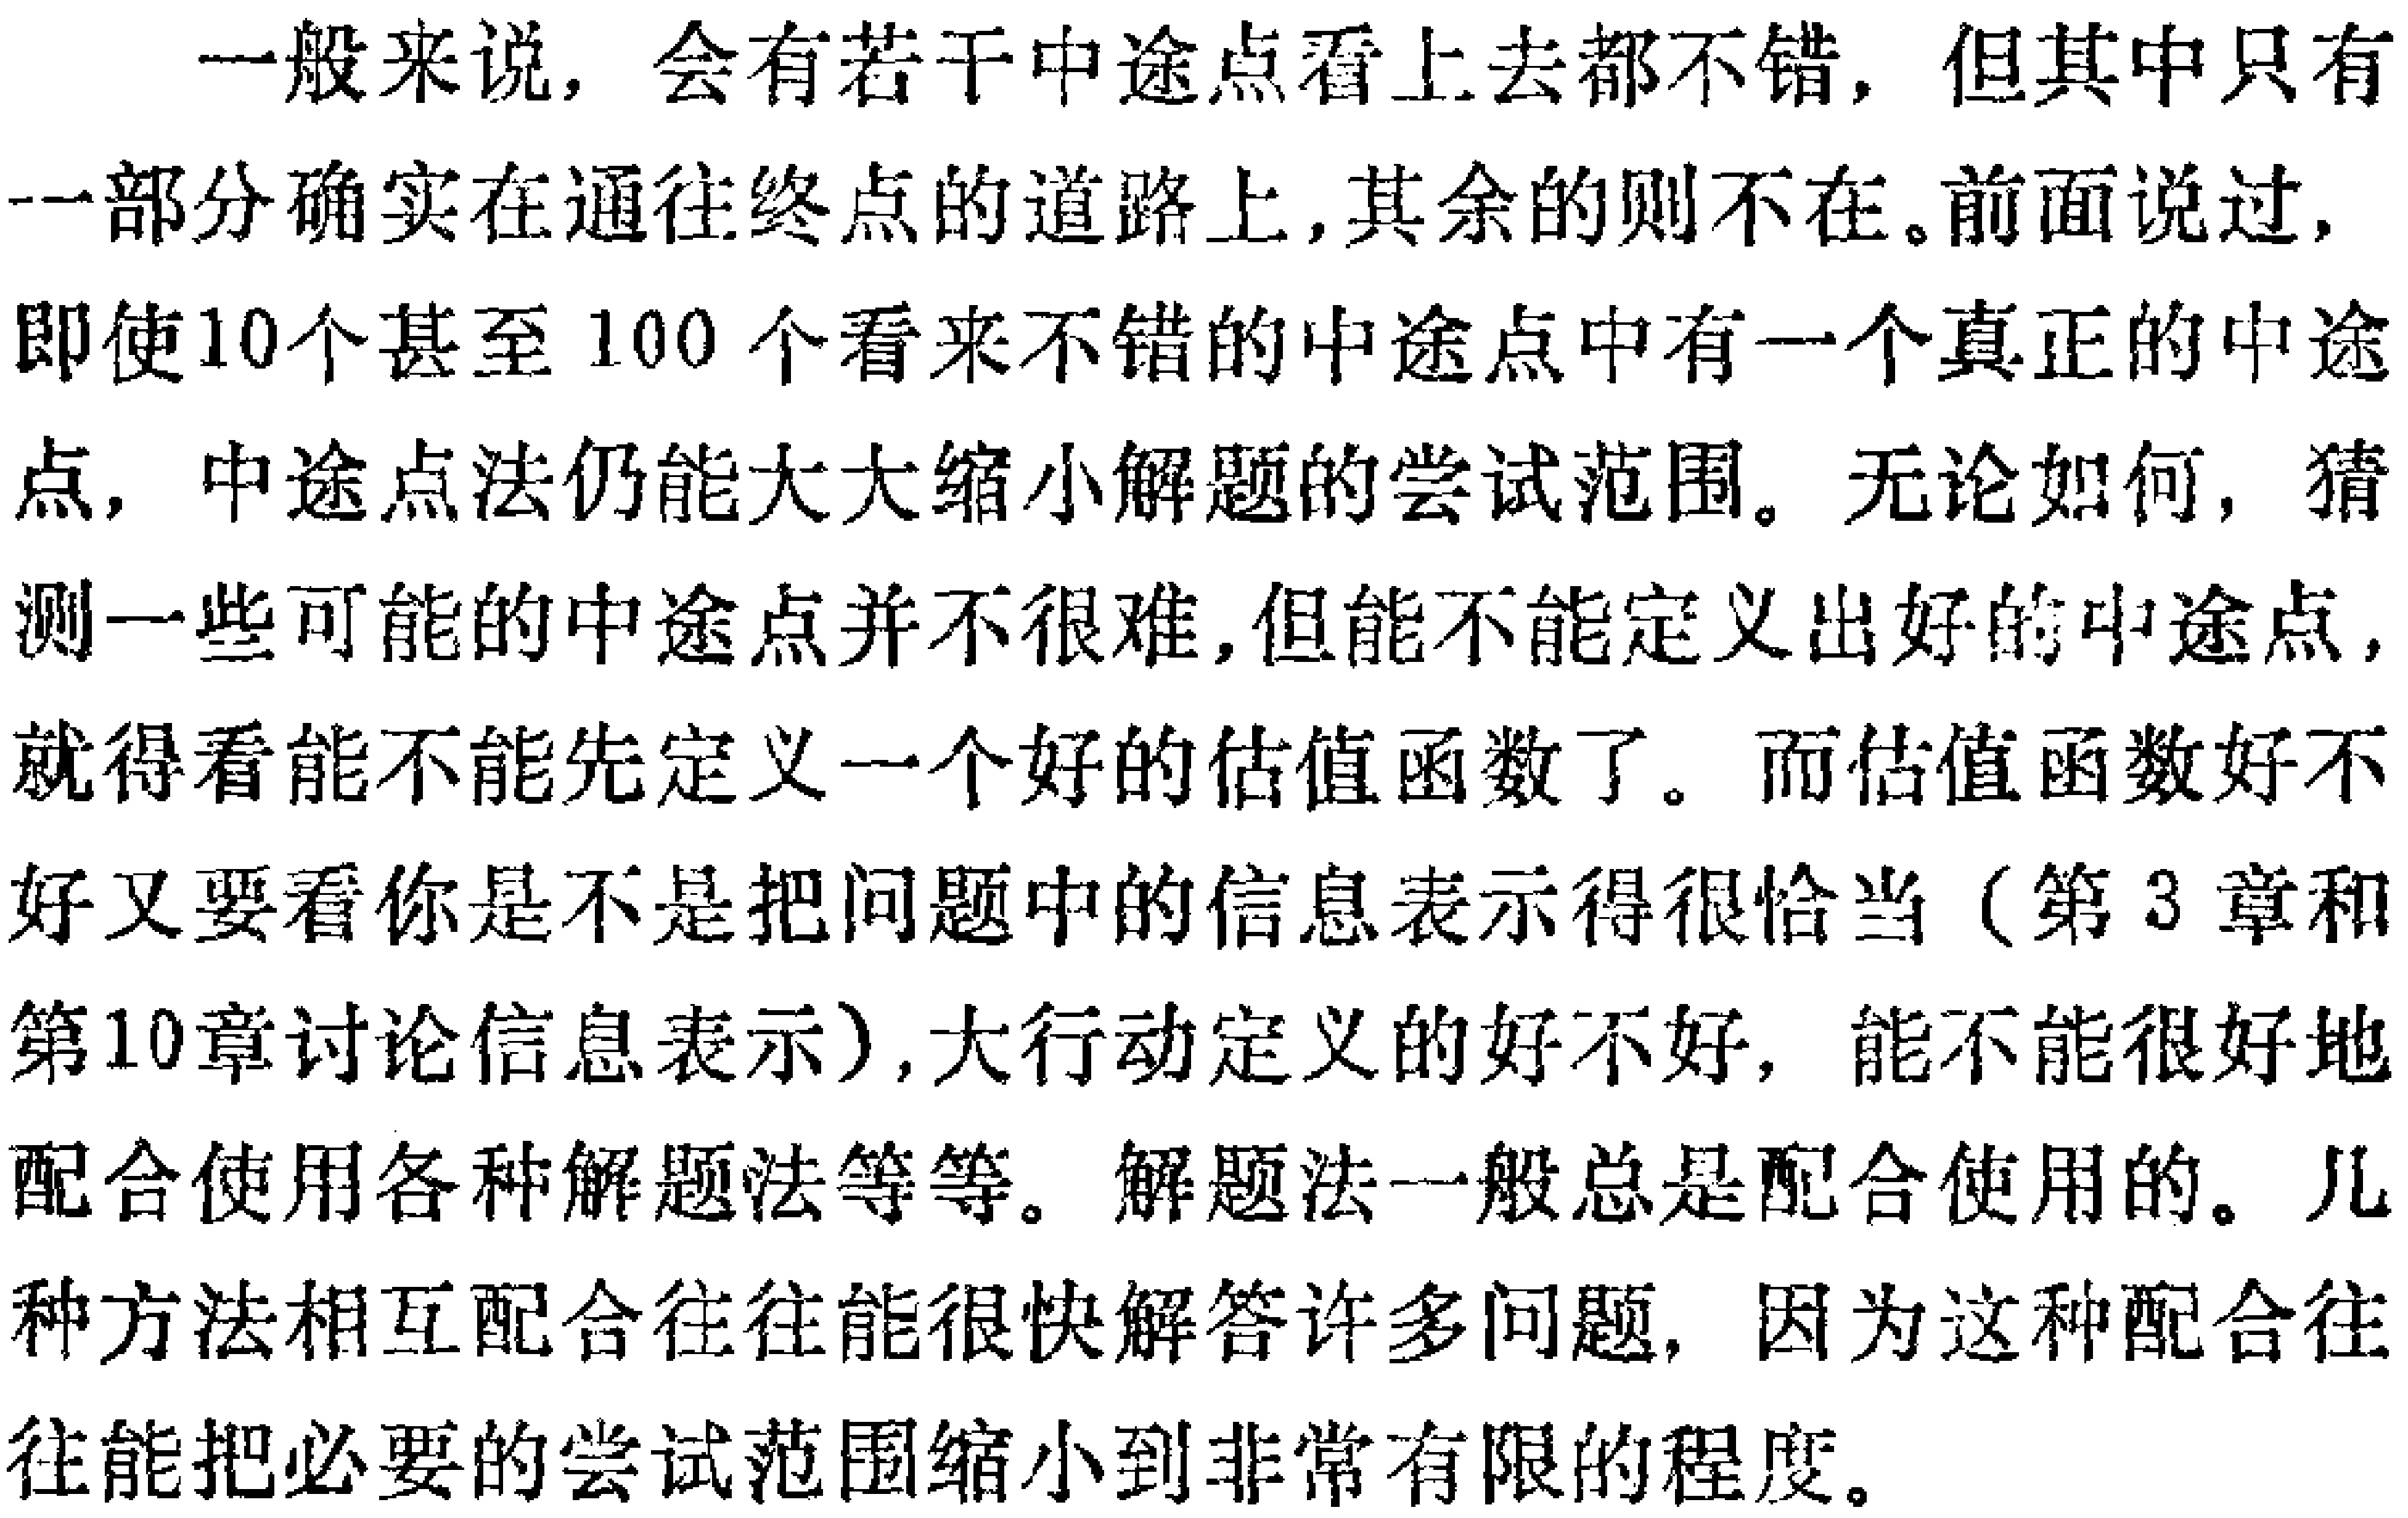
一般来说，会有若干中途点看上去都不错，但其中只有一部分确实在通往终点的道路上，其余的则不在。前面说过，即使10个甚至100个看来不错的中途点中有一个真正的中途点，中途点法仍能大大缩小解题的尝试范围。无论如何，猜测一些可能的中途点并不很难，但能不能定义出好的中途点，就得看能不能先定义一个好的估值函数了。而估值函数好不好又要看你是不是把问题中的信息表示得很恰当（第3章和第10章讨论信息表示），大行动定义的好不好，能不能很好地配合使用各种解题法等等。解题法一般总是配合使用的。几种方法相互配合往往能很快解答许多问题，因为这种配合往往能把必要的尝试范围缩小到非常有限的程度。